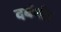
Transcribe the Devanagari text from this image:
दबंगी।